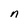
Character: n